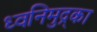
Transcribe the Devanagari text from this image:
ध्वनिमुद्र्का